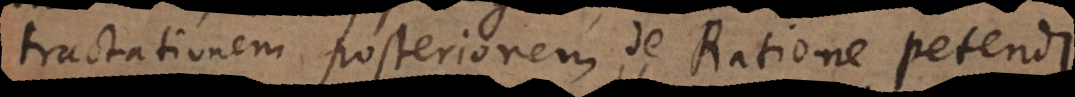
tractationem posteriorem, de Ratione petendi